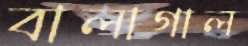
বালাগাল